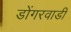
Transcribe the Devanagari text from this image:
डोंगरवाडी